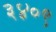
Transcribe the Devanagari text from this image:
३४०९